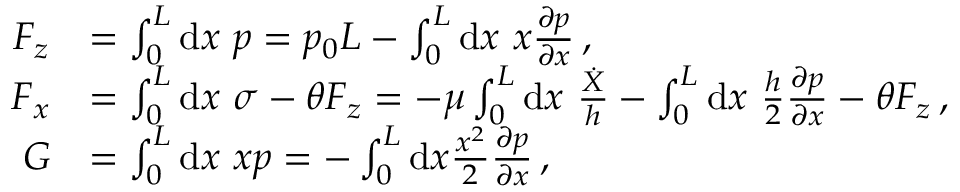
\begin{array} { r l } { F _ { z } } & { = \int _ { 0 } ^ { L } \mathrm { d } x \ p = p _ { 0 } L - \int _ { 0 } ^ { L } \mathrm { d } x \ x \frac { \partial p } { \partial x } \, , } \\ { F _ { x } } & { = \int _ { 0 } ^ { L } \mathrm { d } x \ \sigma - \theta F _ { z } = - \mu \int _ { 0 } ^ { L } \mathrm { d } x \ \frac { \dot { X } } { h } - \int _ { 0 } ^ { L } \mathrm { d } x \ \frac { h } { 2 } \frac { \partial p } { \partial x } - \theta F _ { z } \, , } \\ { G } & { = \int _ { 0 } ^ { L } \mathrm { d } x \ x p = - \int _ { 0 } ^ { L } \mathrm { d } x \frac { x ^ { 2 } } { 2 } \frac { \partial p } { \partial x } \, , } \end{array}